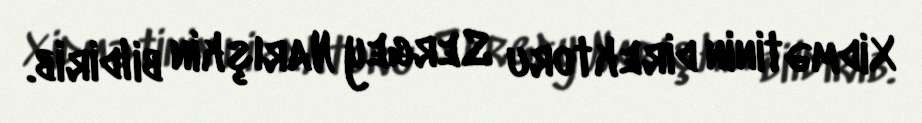
Xidmətinin direktoru Sergey Narışkin bildirib.